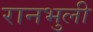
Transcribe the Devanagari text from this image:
रानभुली